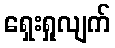
ရှေးရှုလျက်